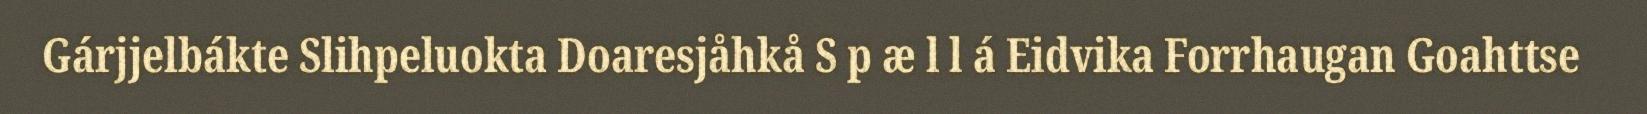
Gárjjelbákte Slihpeluokta Doaresjåhkå S p æ l l á Eidvika Forrhaugan Goahttse